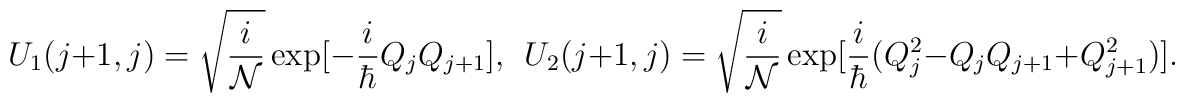
U_1(j+1, j) = \sqrt{\frac{i}{\cal N}}\exp[-\frac{i}{\hbar}Q_{j}Q_{j+1}], ~~U_2(j+1, j) = \sqrt{\frac{i}{\cal N}}\exp[ \frac{i}{\hbar}(Q_{j}^{2}- Q_{j}Q_{j+1}+Q_{j+1}^{2})].